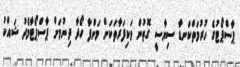
ޕާސްޕޯޓުގެ ހުރުމަތްކަނޑާ ސިޔާސީ ގޮތުން ވަކިފަރާތަކަށް މަންފާ ހޯދާ ދިނުމަށް ޕާސްޕޯޓާމެދު ޝައްކު